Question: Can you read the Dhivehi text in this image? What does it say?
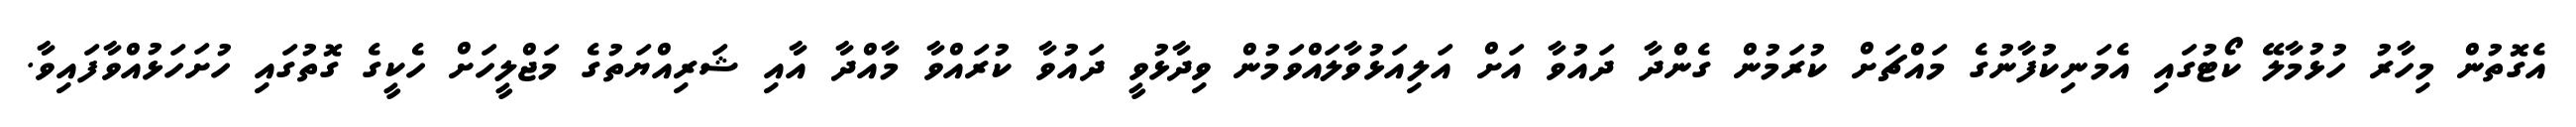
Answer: އެގޮތުން މިހާރު ހުޅުމާލޭ ކޯޓުގައި އެމަނިކުފާނުގެ މައްޗަށް ކުރަމުން ގެންދާ ދައުވާ އަށް އަލިއަޅުވާލައްވަމުން ވިދާޅުވީ ދައުވާ ކުރައްވާ މާއްދާ އާއި ޝަރިއްޔަތުގެ މަޖްލީހަށް ހެކީގެ ގޮތުގައި ހުށަހަޅުއްވާފައިވާ.